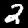
Digit: 2